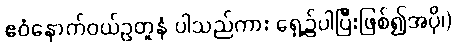
ဧဝံနောက်ဝယ်ဥတူနံ ပါသည်ကား ရှေ့၌ပါပြီးဖြစ်၍အပို၊)